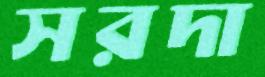
সরদা